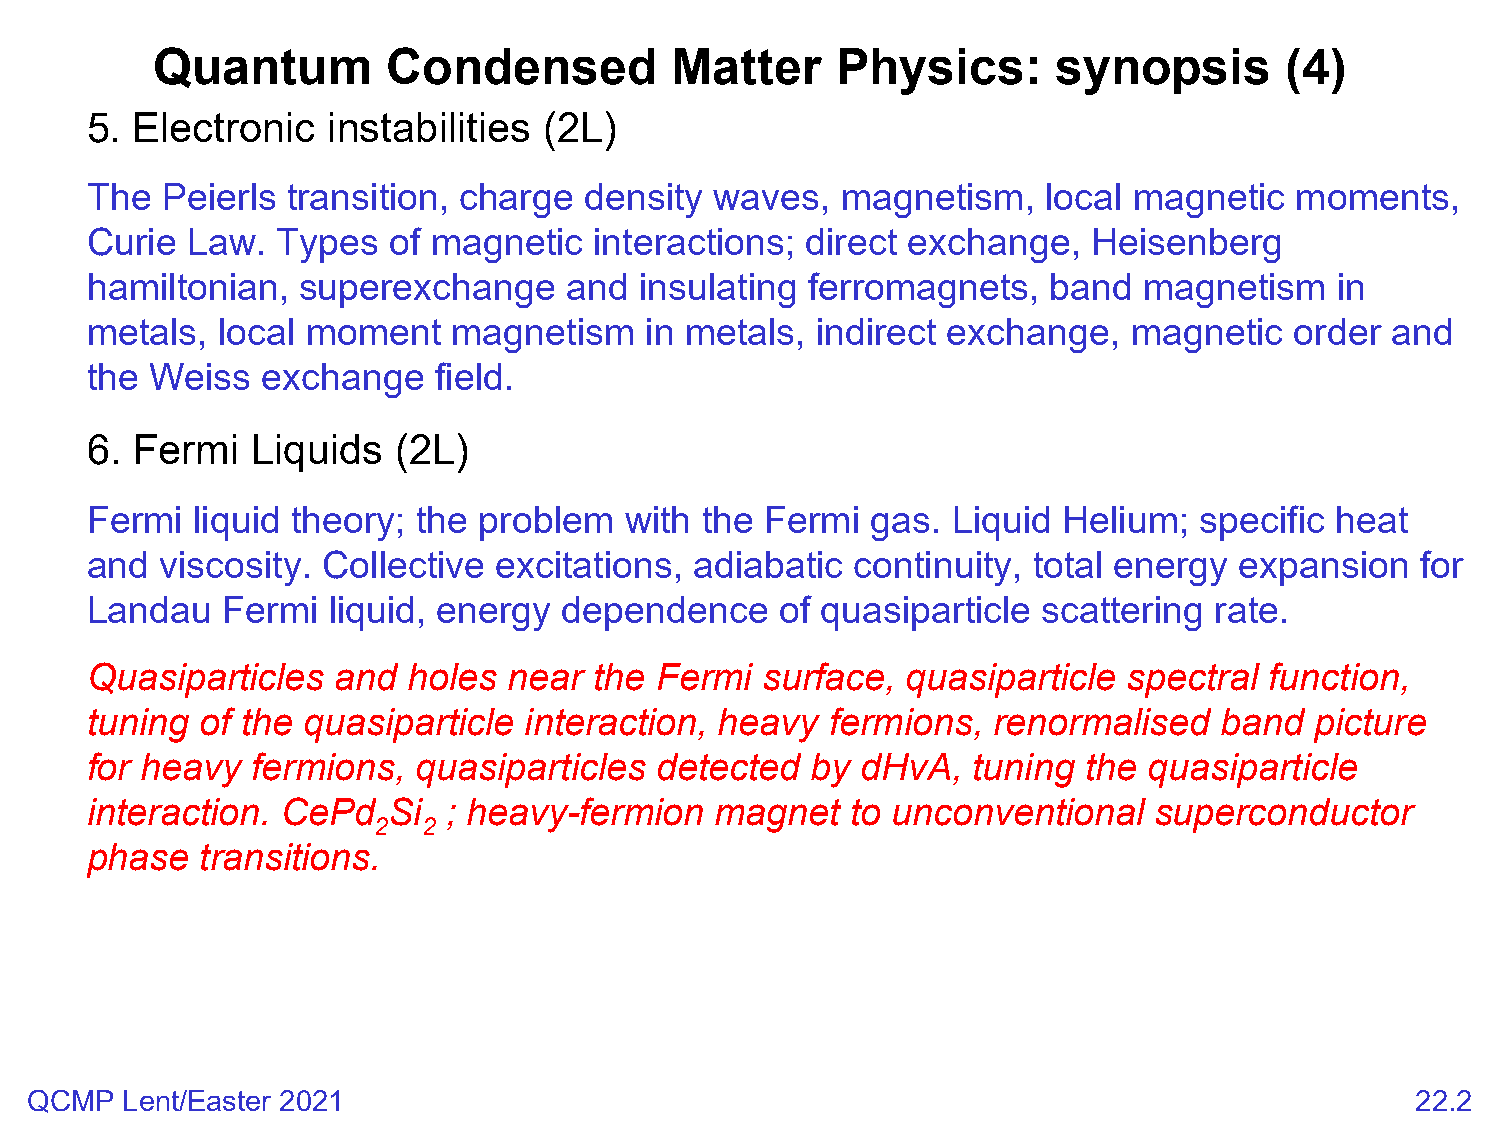
Quantum         Condensed         Matter     Physics:       synopsis       (4)
 5. Electronic   instabilities (2L)
 The  Peierls transition, charge  density waves,   magnetism,   local magnetic   moments,
 Curie Law.  Types   of magnetic  interactions; direct exchange,   Heisenberg
 hamiltonian,  superexchange    and  insulating ferromagnets,   band   magnetism    in
 metals, local moment    magnetism    in metals, indirect exchange,   magnetic   order and
 the Weiss  exchange    field.
 6. Fermi   Liquids  (2L)
 Fermi  liquid theory; the problem  with the  Fermi  gas. Liquid Helium;  specific heat
 and  viscosity. Collective excitations, adiabatic  continuity, total energy expansion   for
 Landau   Fermi  liquid, energy dependence     of quasiparticle scattering rate.
 Quasiparticles  and  holes  near the Fermi  surface,  quasiparticle  spectral function,
 tuning of the quasiparticle  interaction, heavy  fermions,  renormalised   band  picture
 for heavy  fermions,  quasiparticles detected   by dHvA,  tuning  the quasiparticle
 interaction. CePd   Si  ; heavy-fermion  magnet   to unconventional   superconductor
 2  2
 phase  transitions.
 QCMP  Lent/Easter 2021                                                                      22.2